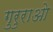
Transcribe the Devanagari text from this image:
गुरुराओ